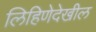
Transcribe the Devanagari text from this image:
लिहिणेदेखील